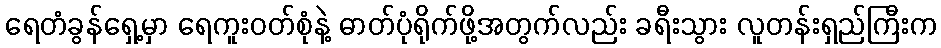
ရေတံခွန်ရှေ့မှာ ရေကူးဝတ်စုံနဲ့ ဓာတ်ပုံရိုက်ဖို့အတွက်လည်း ခရီးသွား လူတန်းရှည်ကြီးက